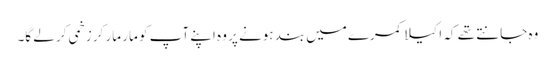
وہ جانتے تھے کہ اکیلا کمرے میں بند ہونے پر وہ اپنے آپ کو مار مار کر زخمی کر لے گا۔